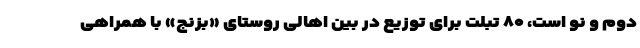
دوم و نو است، ۸۰ تبلت برای توزیع در بین اهالی روستای «بزنج» با همراهی